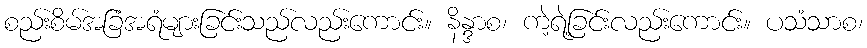
စည်းစိမ်အခြံအရံများခြင်းသည်လည်းကောင်း။ နိန္ဒာစ၊ ကဲ့ရဲ့ခြင်းလည်းကောင်း။ ပသံသာစ၊